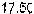
17.50